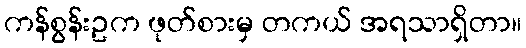
ကန်စွန်းဥက ဖုတ်စားမှ တကယ် အရသာရှိတာ။